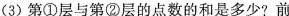
(3)第①层与第②层的点数的和是多少?前